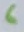
Text: 6